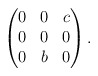
\begin{align*}\begin{pmatrix} 0&0&c\\ 0&0&0\\ 0&b&0\end{pmatrix}.\end{align*}